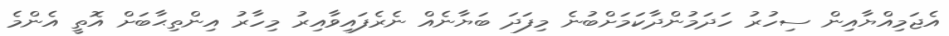
އެޖަމިއްޔާއިން ސިހުރު ހަދަމުންދާކަމަށްބުނެ މިފަދަ ބަޔާނެއް ނެރެފައިވާއިރު މިހާރު އިންތިޙާބަށް އޮތީ އެންމެ